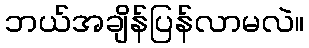
ဘယ်အချိန်ပြန်လာမလဲ။